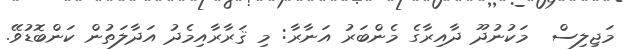
މަޖިލިސް  މަކުނުދޫ ދާއިރާގެ މެންބަރު އަނާރާ: މި ޤަރާރާއިމެދު އަދާލަތުން ކަންބޮޑުވޭ.